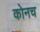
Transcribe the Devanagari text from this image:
कोनच